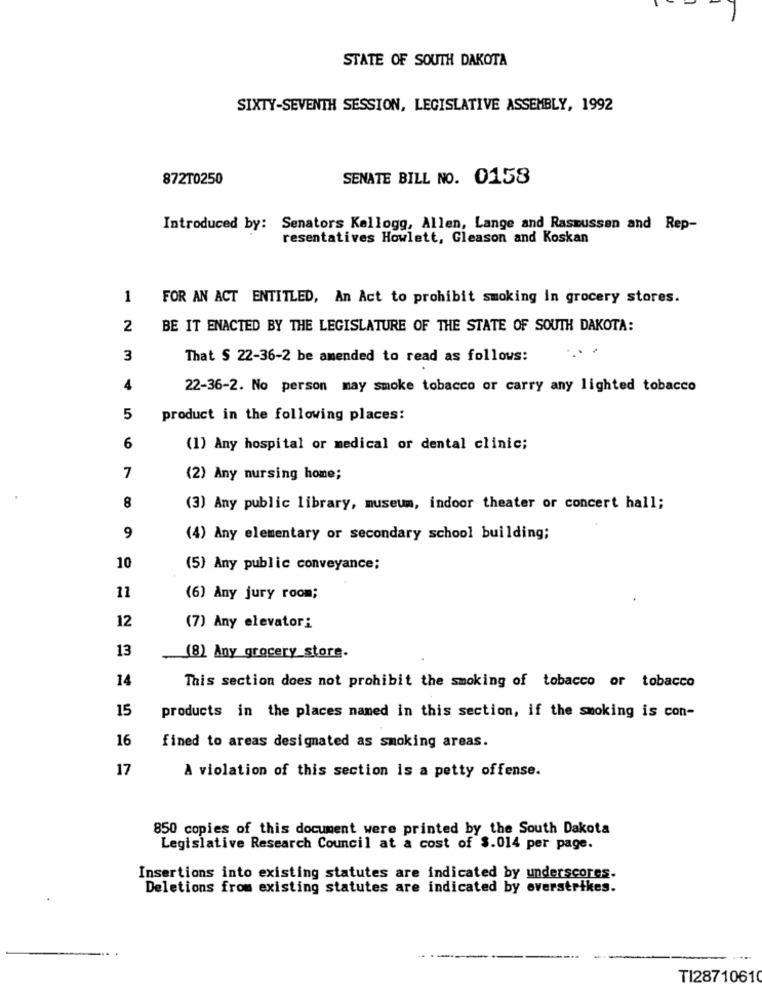
STATE OF SOUTH DAKOTA
SIXTY-SEVENTH SESSION, LEGISLATIVE ASSEMBLY, 1992
872T0250
SENATE BILL NO. 0158
Introduced by: Senators Kellogg, Allen, Lange and Rasmussen and Rep-
resentatives Howlett, Gleason and Koskan
1
FOR AN ACT ENTITLED, An Act to prohibit smoking in grocery stores.
2
BE IT ENACTED BY THE LEGISLATURE OF THE STATE OF SOUTH DAKOTA:
3
That S 22-36-2 be amended to read as follows:
4
22-36-2. No person may smoke tobacco or carry any lighted tobacco
5
product in the following places:
6
(1) Any hospital or medical or dental clinic;
7
(2) Any nursing home;
8
(3) Any public library, museum, indoor theater or concert hall;
9
(4) Any elementary or secondary school building;
10
(5) Any public conveyance;
11
(6) Any jury room;
12
(7) Any elevator:
13
(8) Any grocery store.
14
This section does not prohibit the smoking of tobacco or tobacco
15
products in the places named in this section, if the smoking is con-
16
fined to areas designated as smoking areas.
17
A violation of this section is a petty offense.
850 copies of this document were printed by the South Dakota
Legislative Research Council at a cost of $.014 per page.
Insertions into existing statutes are indicated by underscores.
Deletions from existing statutes are indicated by overstrikes.
TI28710610